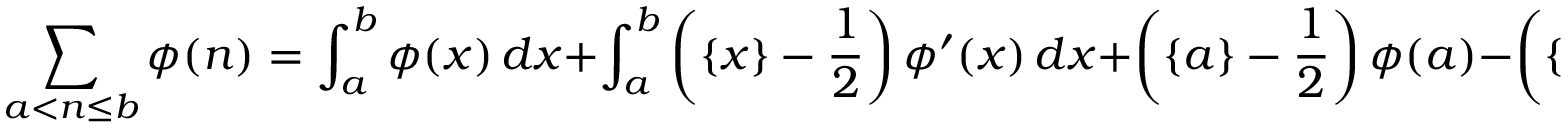
\sum _ { a < n \leq b } \phi ( n ) = \int _ { a } ^ { b } \phi ( x ) \, d x + \int _ { a } ^ { b } \left( \{ x \} - { \frac { 1 } { 2 } } \right) \phi ^ { \prime } ( x ) \, d x + \left( \{ a \} - { \frac { 1 } { 2 } } \right) \phi ( a ) - \left( \{ b \} - { \frac { 1 } { 2 } } \right) \phi ( b ) .